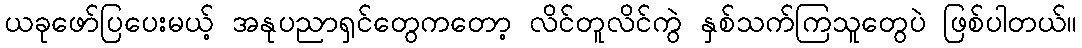
ယခုဖော်ပြပေးမယ့် အနုပညာရှင်တွေကတော့ လိင်တူလိင်ကွဲ နှစ်သက်ကြသူတွေပဲ ဖြစ်ပါတယ်။